Vaccination report Assam 1896-1927 - 1896-1927
Year: 1896
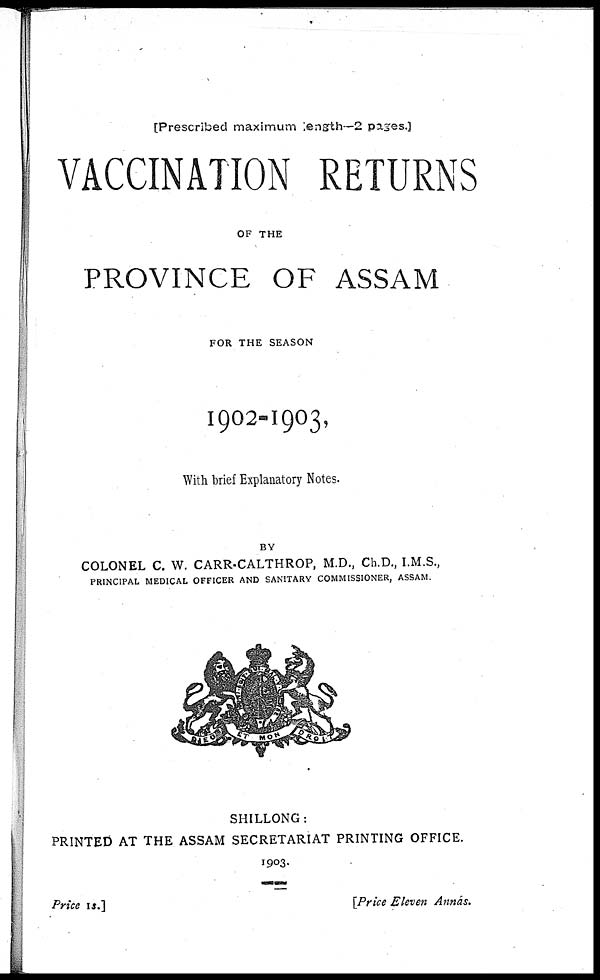
[Prescribed maximum length—2 pages.]
VACCINATION RETURNS
OF THE
PROVINCE OF ASSAM
FOR THE SEASON
1902-1903,
With brief Explanatory Notes.
BY
COLONEL C. W. CARR-CALTHROP, M.D., Ch.D., I.M.S.,
PRINCIPAL MEDICAL OFFICER AND SANITARY COMMISSIONER, ASSAM.
SHILLONG:
PRINTED AT THE ASSAM SECRETARIAT PRINTING OFFICE.
1903.
Price 1s.]
[Price Eleven Annas.